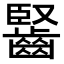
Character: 𪘦